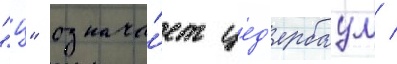
"ц" означа́ет цед'ербаум /